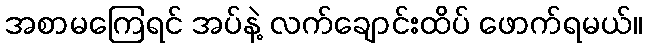
အစာမကြေရင် အပ်နဲ့ လက်ချောင်းထိပ် ဖောက်ရမယ်။